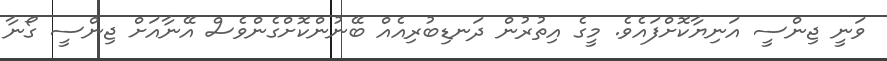
ވަނީ ޖިންސީ އަނިޔާކޮށްފައެވެ. މީގެ އިތުރުން ދަނޑިބުރިއެއް ބޭނުންކޮށްގެންވެސް އޭނާއަށް ޖިންސީ ގޯނާ